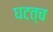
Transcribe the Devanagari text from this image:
घटत्च